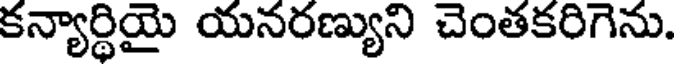
కన్యార్థియై యనరణ్యుని చెంతకరిగెను.